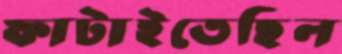
ফাটাইতেছিল